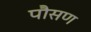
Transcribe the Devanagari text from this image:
पौसण